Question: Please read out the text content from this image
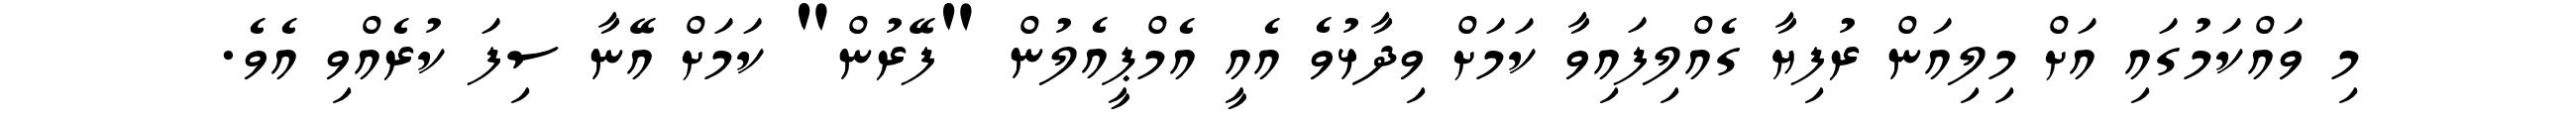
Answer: މި ވައްކަމުގައި އަށް މިލިއަން ރުފިޔާ ގެއްލިފައިވާ ކަމަށް ވިދާޅުވެ އެއީ އެމްޕީއެލުން "ފޭރުން" ކަމަށް އޭނާ ސިފަ ކުރެއްވި އެވެ.